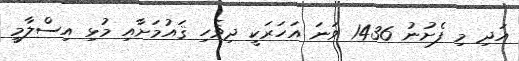
އަދި މި ފެށުނު 1436 ވަނަ އަހަރަކީ ދިވެހި ޤައުމަށާއި މުޅި އިސްލާމީ